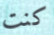
كنت